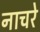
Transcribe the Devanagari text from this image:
नाचरे